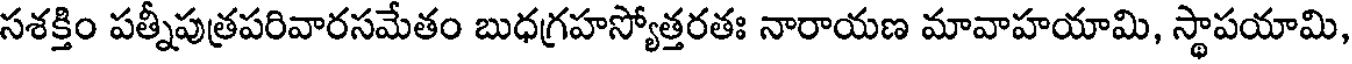
సశక్తిం పత్నీపుత్రపరివారసమేతం బుధగ్రహస్యోత్తరతః నారాయణ మావాహయామి, స్థాపయామి,